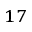
^ { 1 7 }